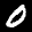
Label: 0